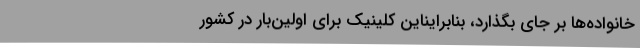
خانواده‌ها بر جای بگذارد، بنابرایناین کلینیک برای اولین‌بار در کشور